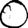
Digit: 0